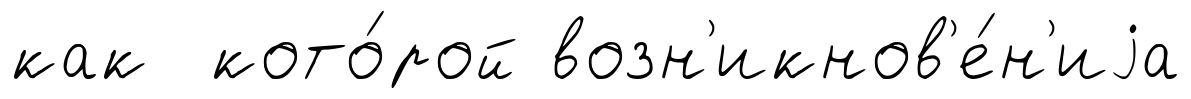
как кото́рой возн'икнов'е́н'иjа